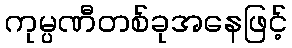
ကုမ္ပဏီတစ်ခုအနေဖြင့်